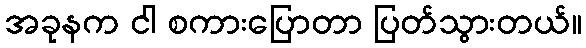
အခုနက ငါ စကားပြောတာ ပြတ်သွားတယ်။